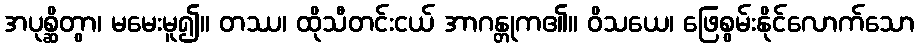
အပုစ္ဆိတွာ၊ မမေးမူ၍။ တဿ၊ ထိုသီတင်းငယ် အာဂန္တုက၏။ ဝိသယေ၊ ဖြေစွမ်းနိုင်လောက်သော